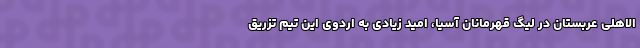
الاهلی عربستان در لیگ قهرمانان آسیا، امید زیادی به اردوی این تیم تزریق